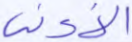
الأدنى